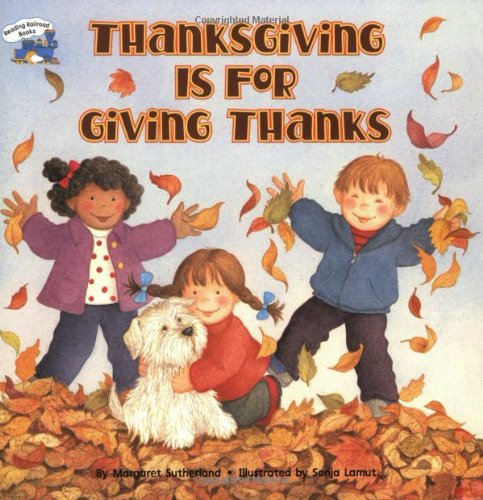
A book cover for Thanksgiving Is for Giving Thanks (Reading Railroad); Margaret Sutherland; Children's Books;